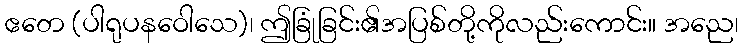
ဧတေ (ပါရုပနဝေါသေ)၊ ဤခြုံခြင်း၏အပြစ်တို့ကိုလည်းကောင်း။ အညေ၊